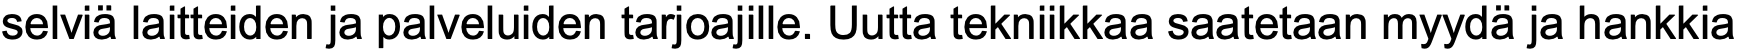
selviä laitteiden ja palveluiden tarjoajille. Uutta tekniikkaa saatetaan myydä ja hankkia